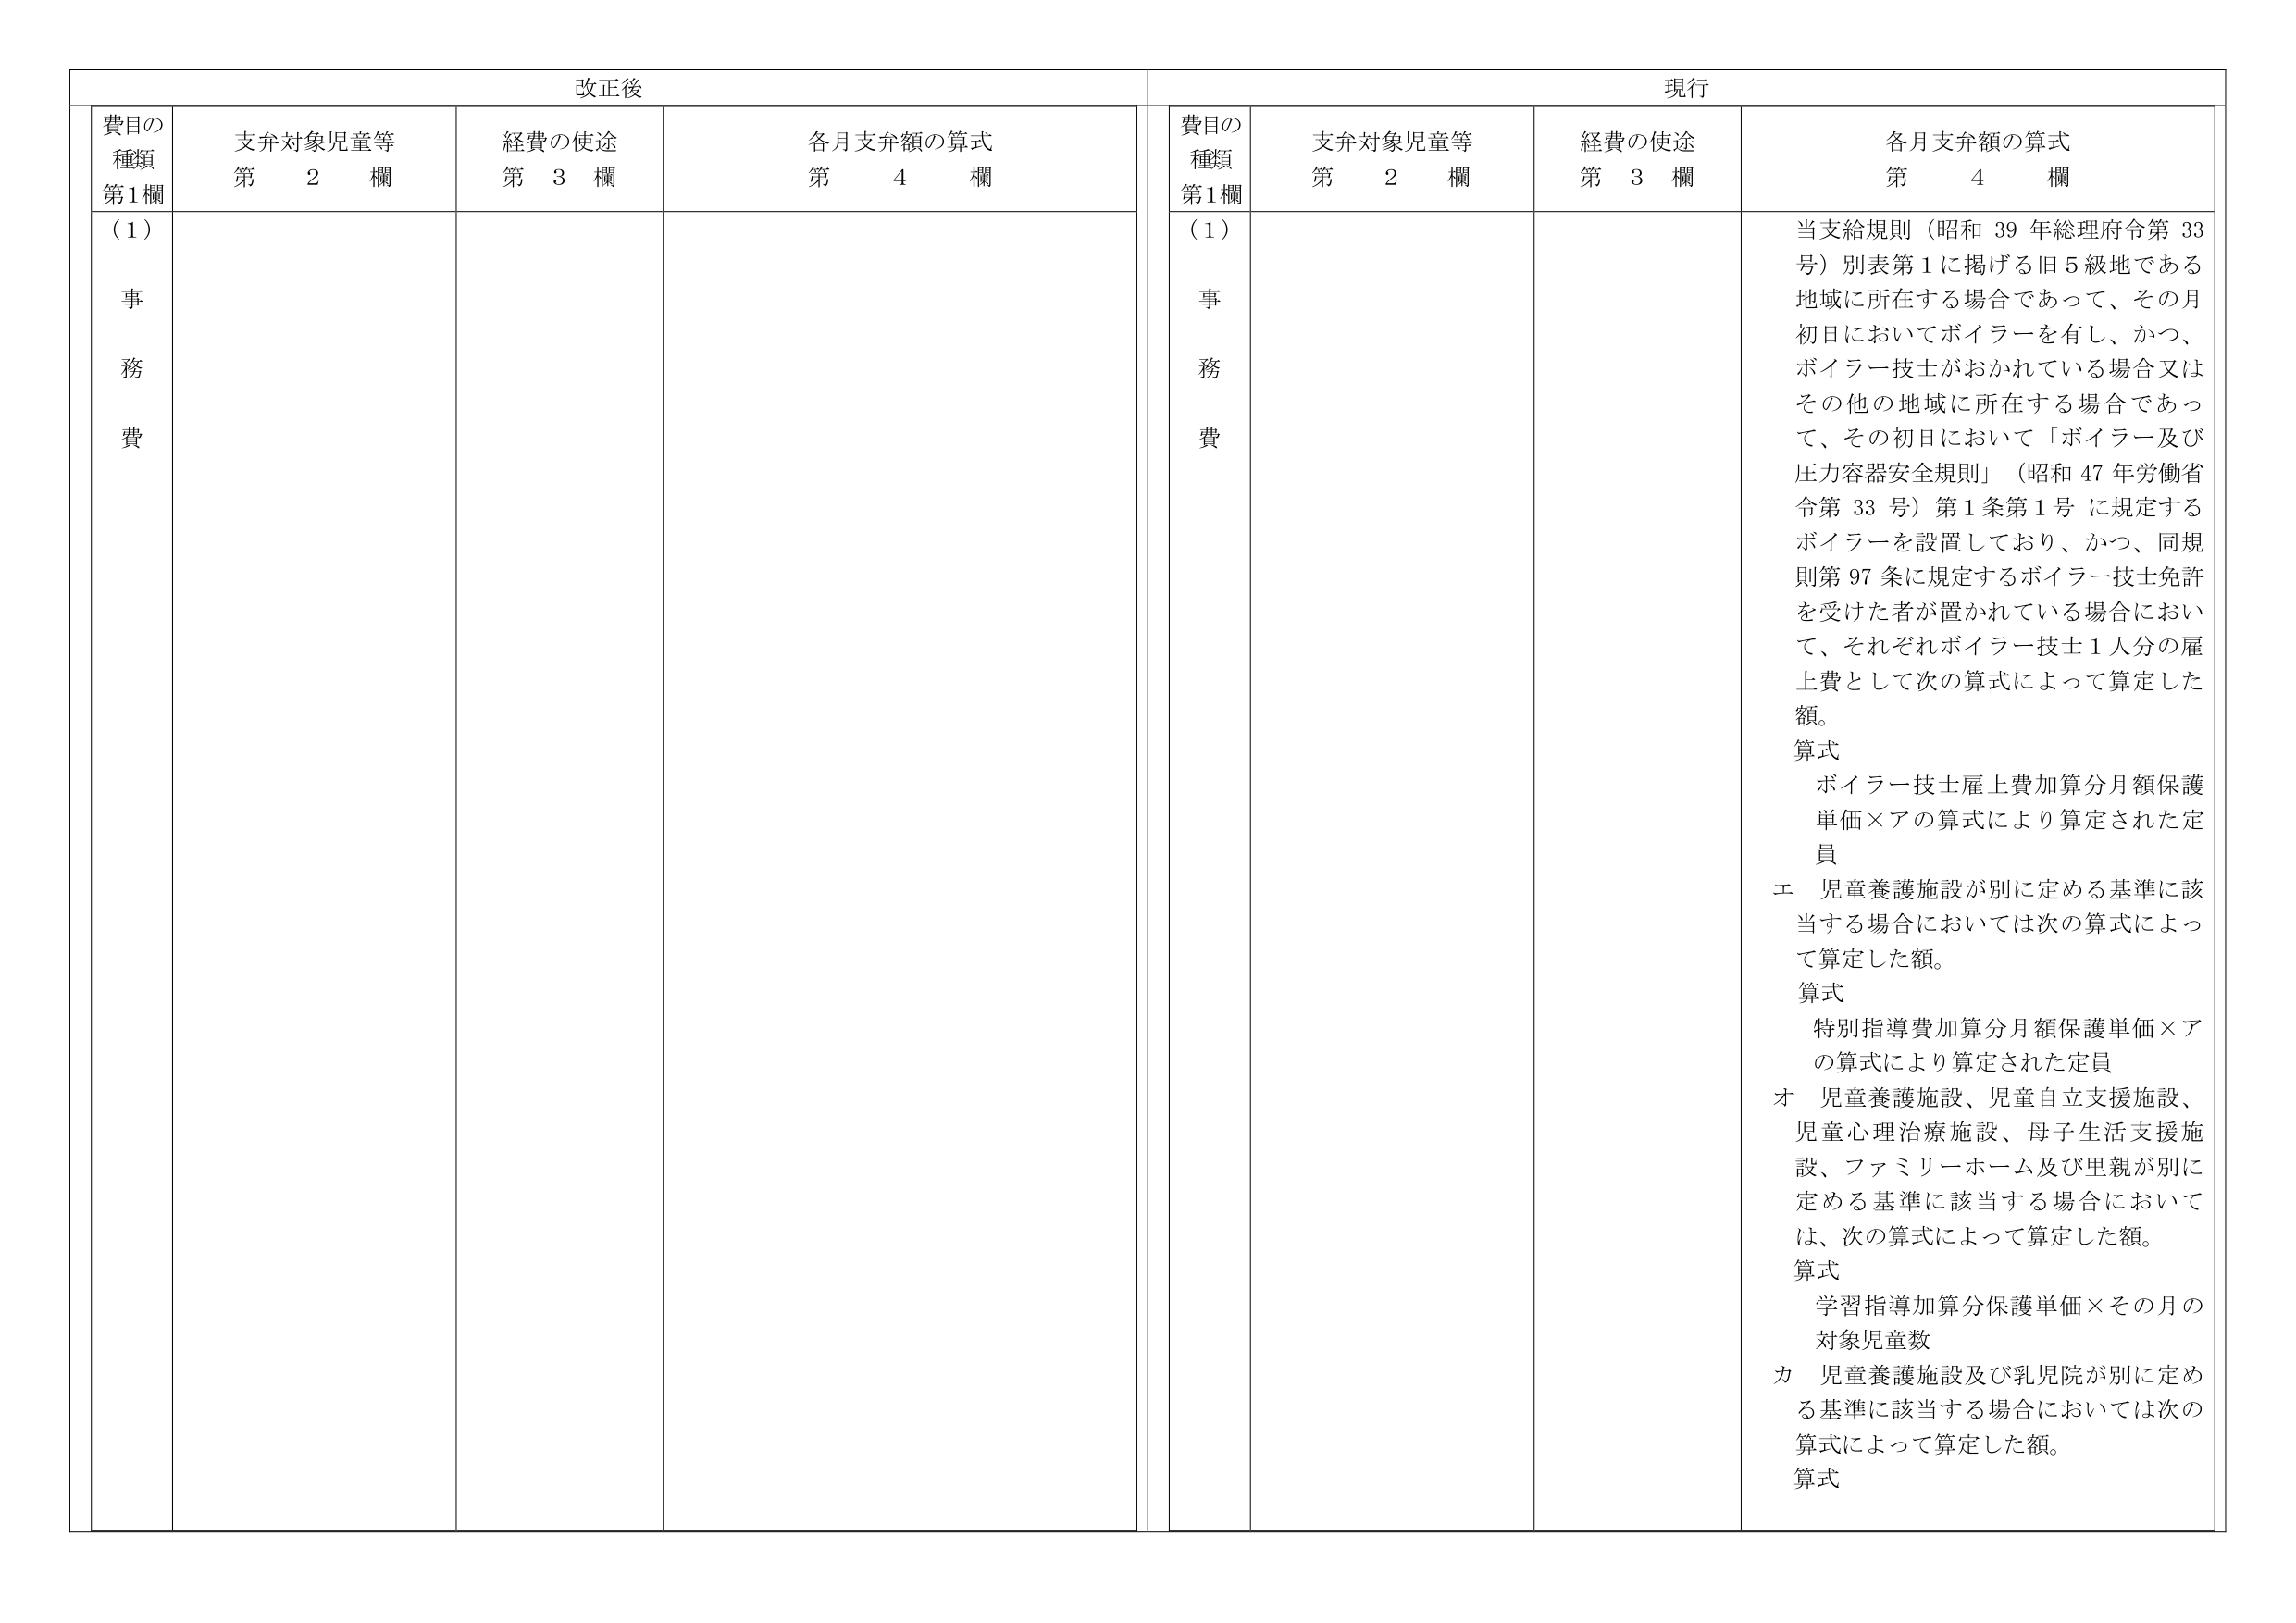
改正後

費目の
種類
第1欄

支弁対象児童等
第　2　欄

経費の使途
第　3　欄

各月支弁額の算式
第　4　欄

（1）
事
務
費

現行

費目の
種類
第1欄

支弁対象児童等
第　2　欄

経費の使途
第　3　欄

各月支弁額の算式
第　4　欄

（1）
事
務
費

当支給規則（昭和 39 年総理府令第 33 号）別表第1に掲げる旧5級地である地域に所在する場合であって、その月初日においてボイラーを有し、かつ、ボイラー技士がおかれている場合又はその他の地域に所在する場合であって、その初日において「ボイラー及び圧力容器安全規則」（昭和 47 年労働省令第 33 号）第1条第1号に規定するボイラーを設置しており、かつ、同規則第97条に規定するボイラー技士免許を受けた者が置かれている場合において、それぞれボイラー技士1人分の雇上費として次の算式によって算定した額。

算式
ボイラー技士雇上費加算分月額保護単価×アの算式により算定された定員

エ　児童養護施設が別に定める基準に該当する場合においては次の算式によって算定した額。

算式
特別指導費加算分月額保護単価×アの算式により算定された定員

オ　児童養護施設、児童自立支援施設、児童心理治療施設、母子生活支援施設、ファミリーホーム及び里親が別に定める基準に該当する場合においては、次の算式によって算定した額。

算式
学習指導加算分保護単価×その月の対象児童数

カ　児童養護施設及び乳児院が別に定める基準に該当する場合においては次の算式によって算定した額。

算式